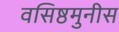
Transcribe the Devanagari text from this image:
वसिष्ठमुनीस